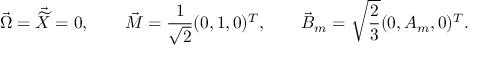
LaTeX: \vec { \Omega } = \vec { \widetilde { X } } = 0 , \qquad \vec { M } = \frac { 1 } { \sqrt { 2 } } ( 0 , 1 , 0 ) ^ { T } , \qquad \vec { B } _ { m } = \sqrt { \frac { 2 } { 3 } } ( 0 , A _ { m } , 0 ) ^ { T } .